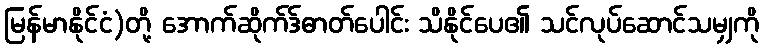
မြန်မာနိုင်ငံ)တို့ အောက်ဆိုက်ဒ်ဓာတ်ပေါင်း သိနိုင်ပေ၏ သင်လုပ်ဆောင်သမျှကို